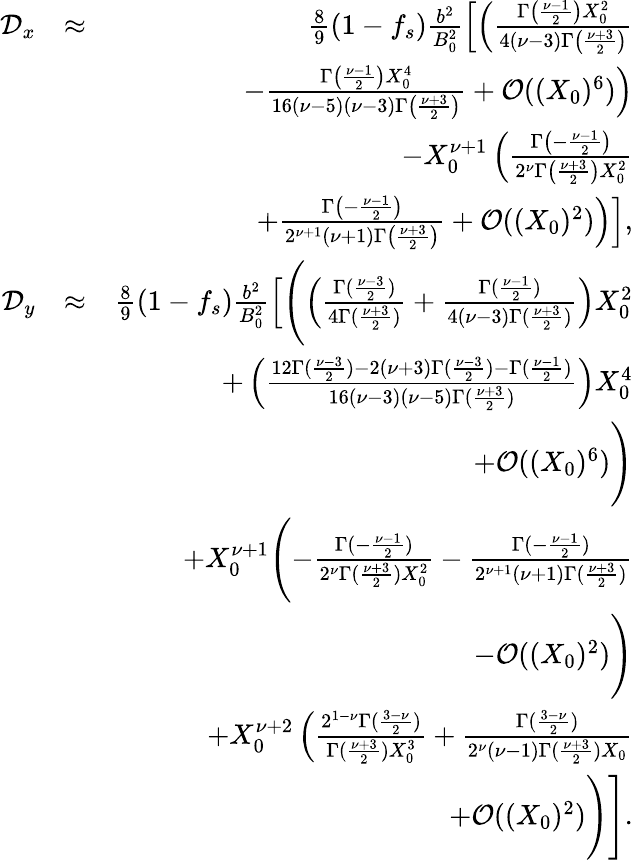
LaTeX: \begin{array}{rlr}{\mathcal{D}_{x}}&{\approx}&{\frac{8}{9}(1-f_{s})\frac{b^{2}}{B_{0}^{2}}\left[\left(\frac{\Gamma\left(\frac{\nu-1}{2}\right)X_{0}^{2}}{4(\nu-3)\Gamma\left(\frac{\nu+3}{2}\right)}\right.\right.}\\ &{}&{\left.\left.\mathrm{-}\frac{\Gamma\left(\frac{\nu-1}{2}\right)X_{0}^{4}}{16(\nu-5)(\nu-3)\Gamma\left(\frac{\nu+3}{2}\right)}+\mathcal{O}((X_{0})^{6})\right)\right.}\\ &{}&{\mathrm{-}X_{0}^{\nu+1}\left(\frac{\Gamma\left(-\frac{\nu-1}{2}\right)}{2^{\nu}\Gamma\left(\frac{\nu+3}{2}\right)X_{0}^{2}}\right.}\\ &{}&{\left.\left.\mathrm{+}\frac{\Gamma\left(-\frac{\nu-1}{2}\right)}{2^{\nu+1}(\nu+1)\Gamma\left(\frac{\nu+3}{2}\right)}+\mathcal{O}((X_{0})^{2})\right)\right],}\\ {\mathcal{D}_{y}}&{\approx}&{\frac{8}{9}(1-f_{s})\frac{b^{2}}{B_{0}^{2}}\left[\Biggl(\left(\frac{\Gamma(\frac{\nu-3}{2})}{4\Gamma(\frac{\nu+3}{2})}+\frac{\Gamma(\frac{\nu-1}{2})}{4(\nu-3)\Gamma(\frac{\nu+3}{2})}\right)X_{0}^{2}\right.\Biggr.}\\ &{}&{+\left.\left.\left(\frac{12\Gamma(\frac{\nu-3}{2})-2(\nu+3)\Gamma(\frac{\nu-3}{2})-\Gamma(\frac{\nu-1}{2})}{16(\nu-3)(\nu-5)\Gamma(\frac{\nu+3}{2})}\right)X_{0}^{4}\right.\right.}\\ &{}&{+\Biggl.\left.\mathcal{O}((X_{0})^{6})\Biggr)\right.}\\ &{}&{+X_{0}^{\nu+1}\Biggl(-\frac{\Gamma(-\frac{\nu-1}{2})}{2^{\nu}\Gamma(\frac{\nu+3}{2})X_{0}^{2}}-\frac{\Gamma(-\frac{\nu-1}{2})}{2^{\nu+1}(\nu+1)\Gamma(\frac{\nu+3}{2})}\Biggr.}\\ &{}&{-\Biggl.\mathcal{O}((X_{0})^{2})\Biggr)}\\ &{}&{+X_{0}^{\nu+2}\left(\frac{2^{1-\nu}\Gamma(\frac{3-\nu}{2})}{\Gamma(\frac{\nu+3}{2})X_{0}^{3}}+\frac{\Gamma(\frac{3-\nu}{2})}{2^{\nu}(\nu-1)\Gamma(\frac{\nu+3}{2})X_{0}}\right.}\\ &{}&{+\Biggl.\Biggl.\mathcal{O}((X_{0})^{2})\Biggr)\Biggr].}\end{array}